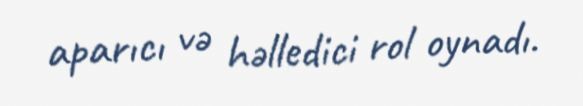
aparıcı və həlledici rol oynadı.